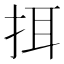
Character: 挕